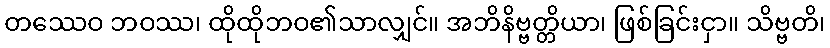
တဿေဝ ဘဝဿ၊ ထိုထိုဘဝ၏သာလျှင်။ အဘိနိဗ္ဗတ္တိယာ၊ ဖြစ်ခြင်းငှာ။ သိဗ္ဗတိ၊